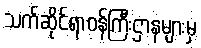
သက်ဆိုင်ရာဝန်ကြီးဌာနများမှ